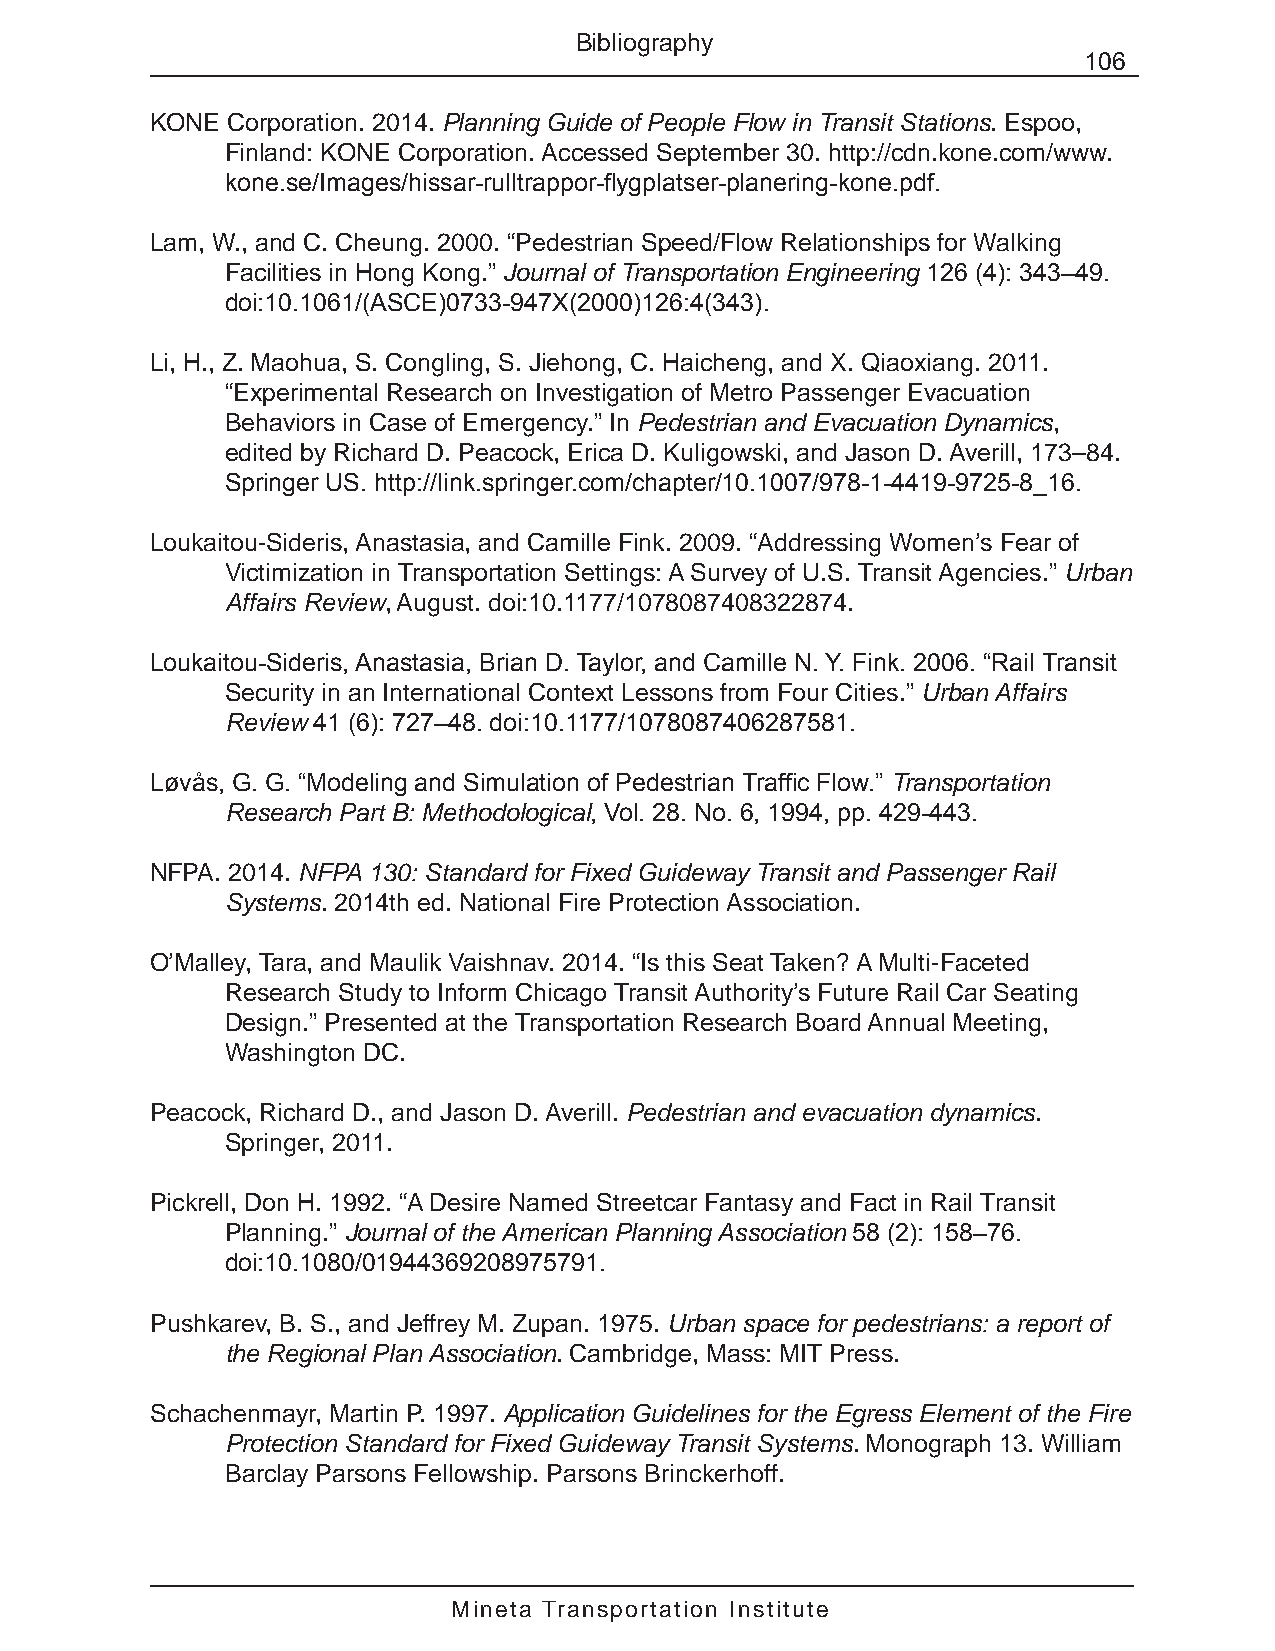
Bibliography
 106
 KONE Corporation. 2014. Planning Guide of People Flow in Transit Stations. Espoo,
 Finland: KONE Corporation. Accessed September 30. http://cdn.kone.com/www.
 kone.se/Images/hissar-rulltrappor-flygplatser-planering-kone.pdf.
 Lam, W., and C. Cheung. 2000. “Pedestrian Speed/Flow Relationships for Walking
 Facilities in Hong Kong.” Journal of Transportation Engineering 126 (4): 343–49.
 doi:10.1061/(ASCE)0733-947X(2000)126:4(343).
 Li, H., Z. Maohua, S. Congling, S. Jiehong, C. Haicheng, and X. Qiaoxiang. 2011.
 “Experimental Research on Investigation of Metro Passenger Evacuation
 Behaviors in Case of Emergency.” In Pedestrian and Evacuation Dynamics,
 edited by Richard D. Peacock, Erica D. Kuligowski, and Jason D. Averill, 173–84.
 Springer US. http://link.springer.com/chapter/10.1007/978-1-4419-9725-8_16.
 Loukaitou-Sideris, Anastasia, and Camille Fink. 2009. “Addressing Women’s Fear of
 Victimization in Transportation Settings: A Survey of U.S. Transit Agencies.” Urban
 Affairs Review, August. doi:10.1177/1078087408322874.
 Loukaitou-Sideris, Anastasia, Brian D. Taylor, and Camille N. Y. Fink. 2006. “Rail Transit
 Security in an International Context Lessons from Four Cities.” Urban Affairs
 Review 41 (6): 727–48. doi:10.1177/1078087406287581.
 Løvås, G. G. “Modeling and Simulation of Pedestrian Traffic Flow.” Transportation
 Research Part B: Methodological, Vol. 28. No. 6, 1994, pp. 429-443.
 NFPA. 2014. NFPA 130: Standard for Fixed Guideway Transit and Passenger Rail
 Systems. 2014th ed. National Fire Protection Association.
 O’Malley, Tara, and Maulik Vaishnav. 2014. “Is this Seat Taken? A Multi-Faceted
 Research Study to Inform Chicago Transit Authority’s Future Rail Car Seating
 Design.” Presented at the Transportation Research Board Annual Meeting,
 Washington DC.
 Peacock, Richard D., and Jason D. Averill. Pedestrian and evacuation dynamics.
 Springer, 2011.
 Pickrell, Don H. 1992. “A Desire Named Streetcar Fantasy and Fact in Rail Transit
 Planning.” Journal of the American Planning Association 58 (2): 158–76.
 doi:10.1080/01944369208975791.
 Pushkarev, B. S., and Jeffrey M. Zupan. 1975. Urban space for pedestrians: a report of
 the Regional Plan Association. Cambridge, Mass: MIT Press.
 Schachenmayr, Martin P. 1997. Application Guidelines for the Egress Element of the Fire
 Protection Standard for Fixed Guideway Transit Systems. Monograph 13. William
 Barclay Parsons Fellowship. Parsons Brinckerhoff.
 Mineta Transportation Institute